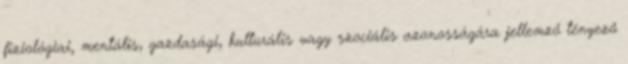
fiziológiai, mentális, gazdasági, kulturális vagy szociális azonosságára jellemző tényező